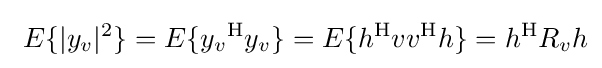
\ E\{|y_{v}|^{2}\}=E\{{y_{v}}^{\mathrm {H} }y_{v}\}=E\{h^{\mathrm {H} }vv^{\mathrm {H} }h\}=h^{\mathrm {H} }R_{v}h